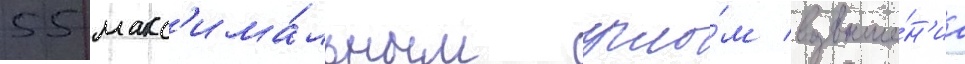
55 макс'има́льным угло́м возвыше́н'иа